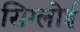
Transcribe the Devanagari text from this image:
सिग्लोई